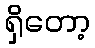
ရှိတော့